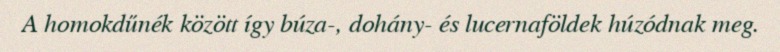
A homokdűnék között így búza-, dohány- és lucernaföldek húzódnak meg.